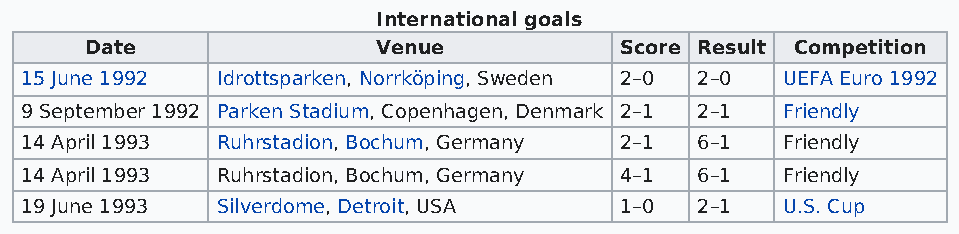
International goals
 Date               Venue           Score Result Competition
 15 June 1992 Idrottsparken, Norrköping, Sweden 2–0 2–0 UEFA Euro 1992
 9 September 1992 Parken Stadium, Copenhagen, Denmark 2–1 2–1 Friendly
 14 April 1993 Ruhrstadion, Bochum, Germany 2–1 6–1 Friendly
 14 April 1993 Ruhrstadion, Bochum, Germany 4–1 6–1 Friendly
 19 June 1993 Silverdome, Detroit, USA   1–0  2–1   U.S. Cup